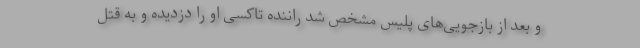
و بعد از بازجویی‌های پلیس مشخص شد راننده تاکسی او را دزدیده و به قتل